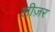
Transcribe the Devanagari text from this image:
लीज़र